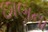
છાણના